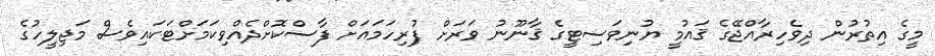
މީގެ އިތުރުން ދިވެހިރާއްޖޭގެ ޤައުމީ ޔުނިވަސިޓީގެ ޤާނޫނު ވަރަށް ފުރިހަމައަށް ފާސްކޮށްދެއްވިކަމަށްޓަކައިވެސް މަޖިލީހުގެ